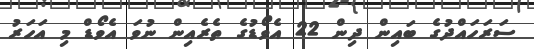
ސަރަހައްދުގެ ބައިން ދިން 22 އެވޯޑުގެ ތެރެއިން ނުވަ އެވޯޑް މި އަހަރު